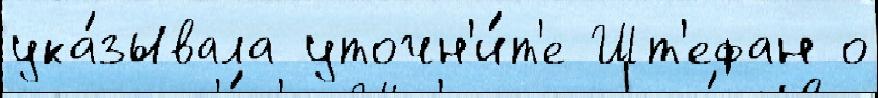
ука́зывала уточн'и́т'е Шт'ефан о